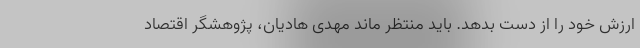
ارزش خود را از دست بدهد. باید منتظر ماند مهدی هادیان، پژوهشگر اقتصاد